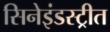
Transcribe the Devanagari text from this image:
सिनेइंडस्ट्रीत